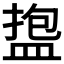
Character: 𪾑